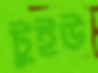
টুইউ